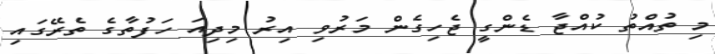
މި ތުއްތު ކުއްޖާ ޑެންގީ ޖެހިގެން މަރުވި އިރު މިދިއަ ހަފުތާގެ ތެރޭގައި